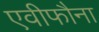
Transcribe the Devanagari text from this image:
एवीफौना